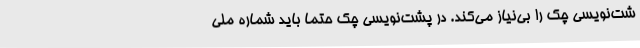
شت‌نویسی چک را بی‌نیاز می‌کند. در پشت‌نویسی چک حتما باید شماره ملی